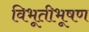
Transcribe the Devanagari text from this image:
विभूतीभूषण